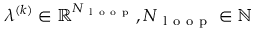
\lambda ^ { ( k ) } \in \mathbb { R } ^ { N _ { \mathrm { ~ l ~ o ~ o ~ p ~ } } } , N _ { \mathrm { ~ l ~ o ~ o ~ p ~ } } \in \mathbb { N }